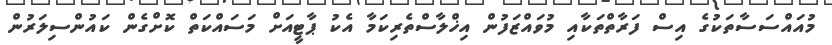
މުއައްސަސާތަކުގެ އިސް ފަރާތްތަކާއި މުވައްޒަފުން އިޚްލާސްތެރިކަމާ އެކު ޕާޓީއަށް މަސައްކަތް ކޮށްގެން ކައުންސިލަރުން